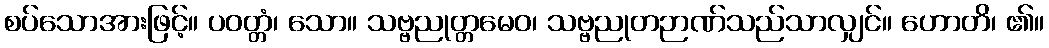
စပ်သောအားဖြင့်။ ပဝတ္တံ၊ သော။ သဗ္ဗညုတ္တမေဝ၊ သဗ္ဗညုတဉာဏ်သည်သာလျှင်။ ဟောတိ၊ ၏။